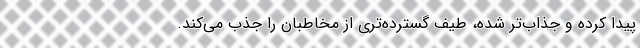
پیدا کرده و جذاب‌تر شده، طیف گسترده‌تری از مخاطبان را جذب می‌کند.